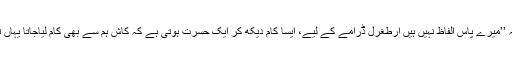
جان ریمبو نے ڈرامے کی تعریف کرتے ہوئے کہا تھا کہ ’’میرے پاس الفاظ نہیں ہیں ارطغرل ڈرامے کے لیے، ایسا کام دیکھ کر ایک حسرت ہوتی ہے کہ کاش ہم سے بھی کام لیاجاتا یہاں تو ایک جیسا کام دے دے کر ایکٹر پر چھاپ لگادیتے ہیں۔